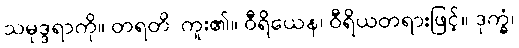
သမုဒ္ဒရာကို။ တရတိ၊ ကူး၏။ ဝီရိယေန၊ ဝီရိယတရားဖြင့်။ ဒုက္ခံ၊